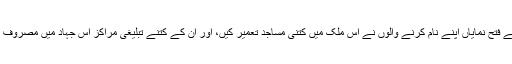
ندائے فتح نمایاں اپنے نام کرنے والوں نے اس ملک میں کتنی مساجد تعمیر کیں، اور ان کے کتنے تبلیغی مراکز اس جہاد میں مصروف ہیں۔